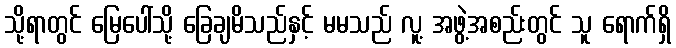
သို့ရာတွင် မြေပေါ်သို့ ခြေချမိသည်နှင့် မမသည် လူ့ အဖွဲ့အစည်းတွင် သူ ရောက်ရှိ